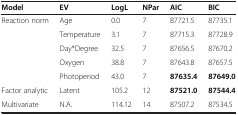
<table><thead><tr><td><b>Model</b></td><td><b>EV</b></td><td><b>LogL</b></td><td><b>NPar</b></td><td><b>AIC</b></td><td><b>BIC</b></td></tr></thead><tbody><tr><td rowspan="5">Reaction norm</td><td>Age</td><td>0.0</td><td>7</td><td>87721.5</td><td>87735.1</td></tr><tr><td>Temperature</td><td>3.1</td><td>7</td><td>87715.3</td><td>87728.9</td></tr><tr><td>Day*Degree</td><td>32.5</td><td>7</td><td>87656.5</td><td>87670.2</td></tr><tr><td>Oxygen</td><td>38.8</td><td>7</td><td>87643.8</td><td>87657.5</td></tr><tr><td>Photoperiod</td><td>43.0</td><td>7</td><td><b>87635.4</b></td><td><b>87649.0</b></td></tr><tr><td>Factor analytic</td><td>Latent</td><td>105.2</td><td>12</td><td><b>87521.0</b></td><td><b>87544.4</b></td></tr><tr><td>Multivariate</td><td>N.A.</td><td>114.12</td><td>14</td><td>87507.2</td><td>87534.5</td></tr></tbody></table>